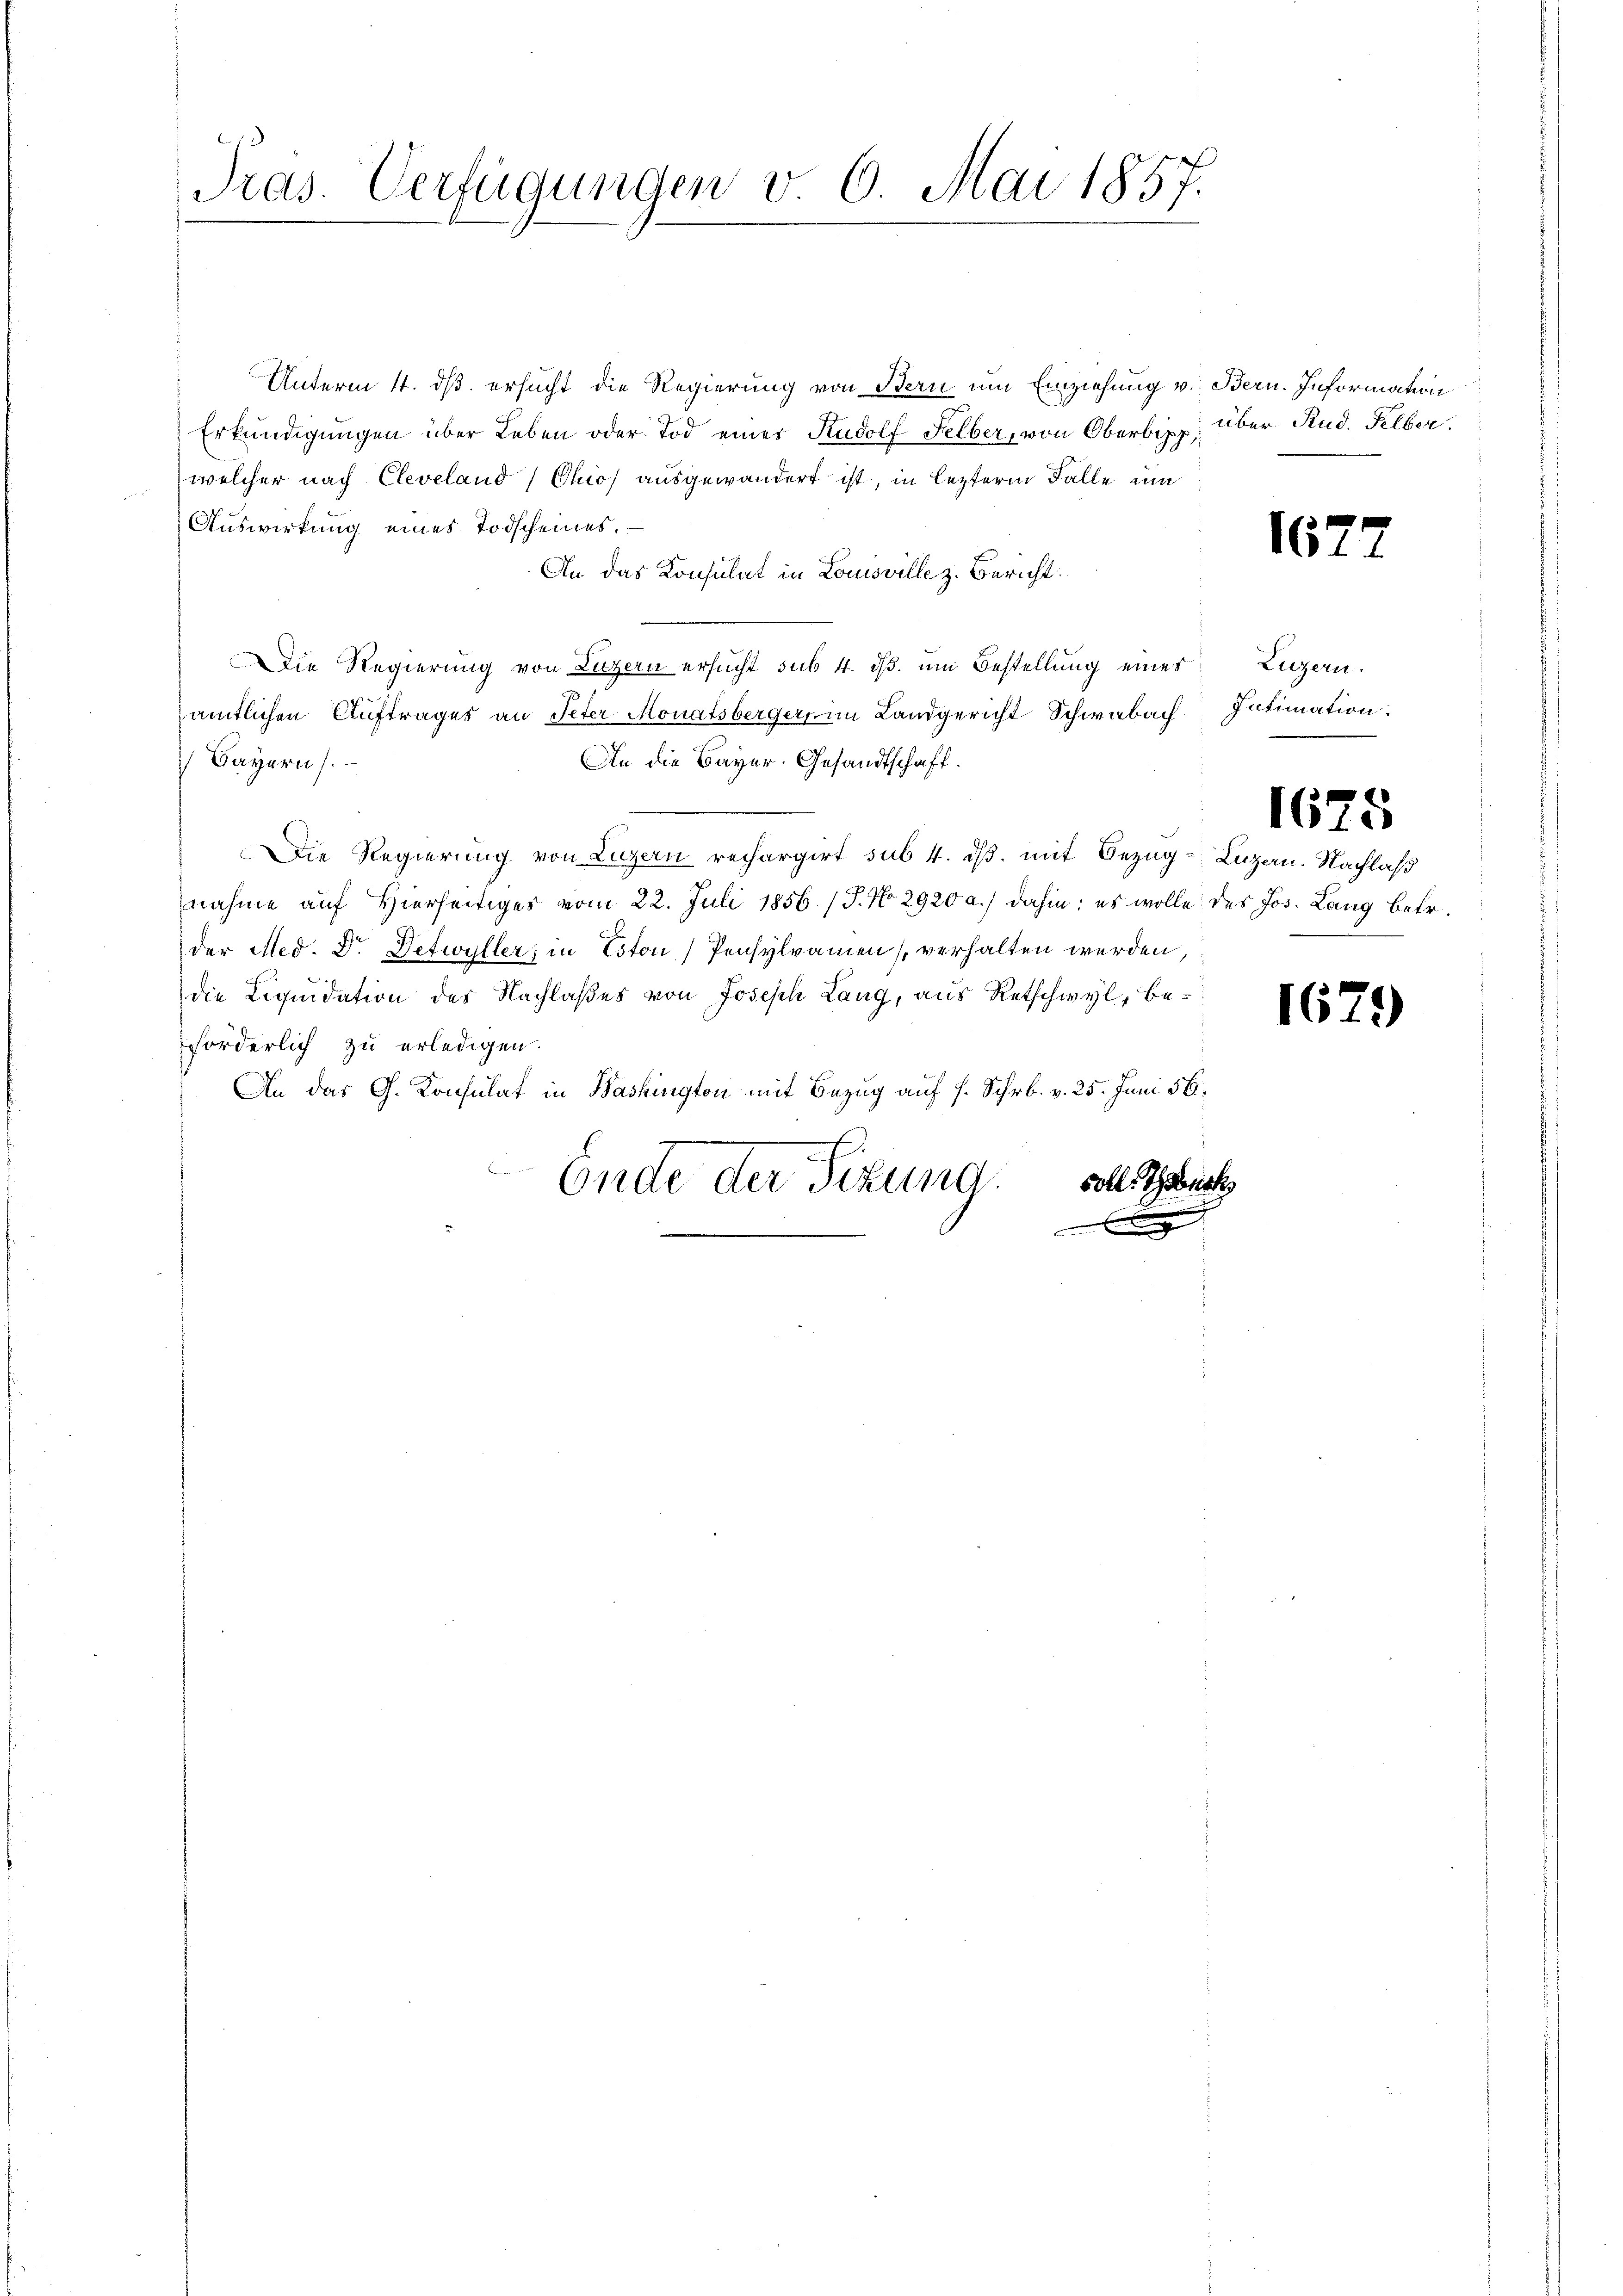
Pras. Verfügungen v. 6. Mai 1857.

Unterm 4. ds. ersucht die Regierung von Bern um Einziehung v. Bern. Information
Erkundigungen über Leben oder Tod einer Rudolf Felber, von Oberbisp
welcher nach Cleveland) Ohio, ausgewandert ist, in lezterm Falle um
Auswirkung eines Todscheines.
An das Konsulat in Louisville z. Bericht.
Die Regierung von Luzern ersucht sub 4. dβ. ŭm Bestellung eines Luzern.
e
amtlichen Auftrages an Peter Monatsberger, im Landgericht-Schwabach Intimation:
Bayern.
An die Bayer. Gesandtschaft.
Die Regierung von Luzern rechargirt sub 4. ds. mit Bezug–Luzen. Nachlaß
nahme auf Hierseitiges vom 22. Juli 1856. / J. No 2920 a.) dahin; es wolle des Jos. Lang betr.
der Med. Dr. Defwyller, in Eston Pensylvamen verhalten werden
die Liquidation des Nachlaßes von Joseph Lang, aus Retschwyl, beforderlich zu erledigen.
An das G. Konsulat in Washington mit Bezug auf 1. Schrb. v. 25. Juni 56.
voll Thornst
Ende der Sekung,

über Stud. Selber.

1627

1675

1629